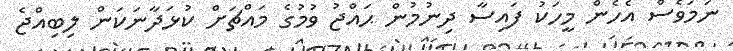
ނަމަވެސް އެހެން މީހަކު ފައިސާ ދިނުމުން ޙައްޖު ވުމުގެ މައްޗަށް ކުޅަދާނަކަން ލިބިއްޖެ